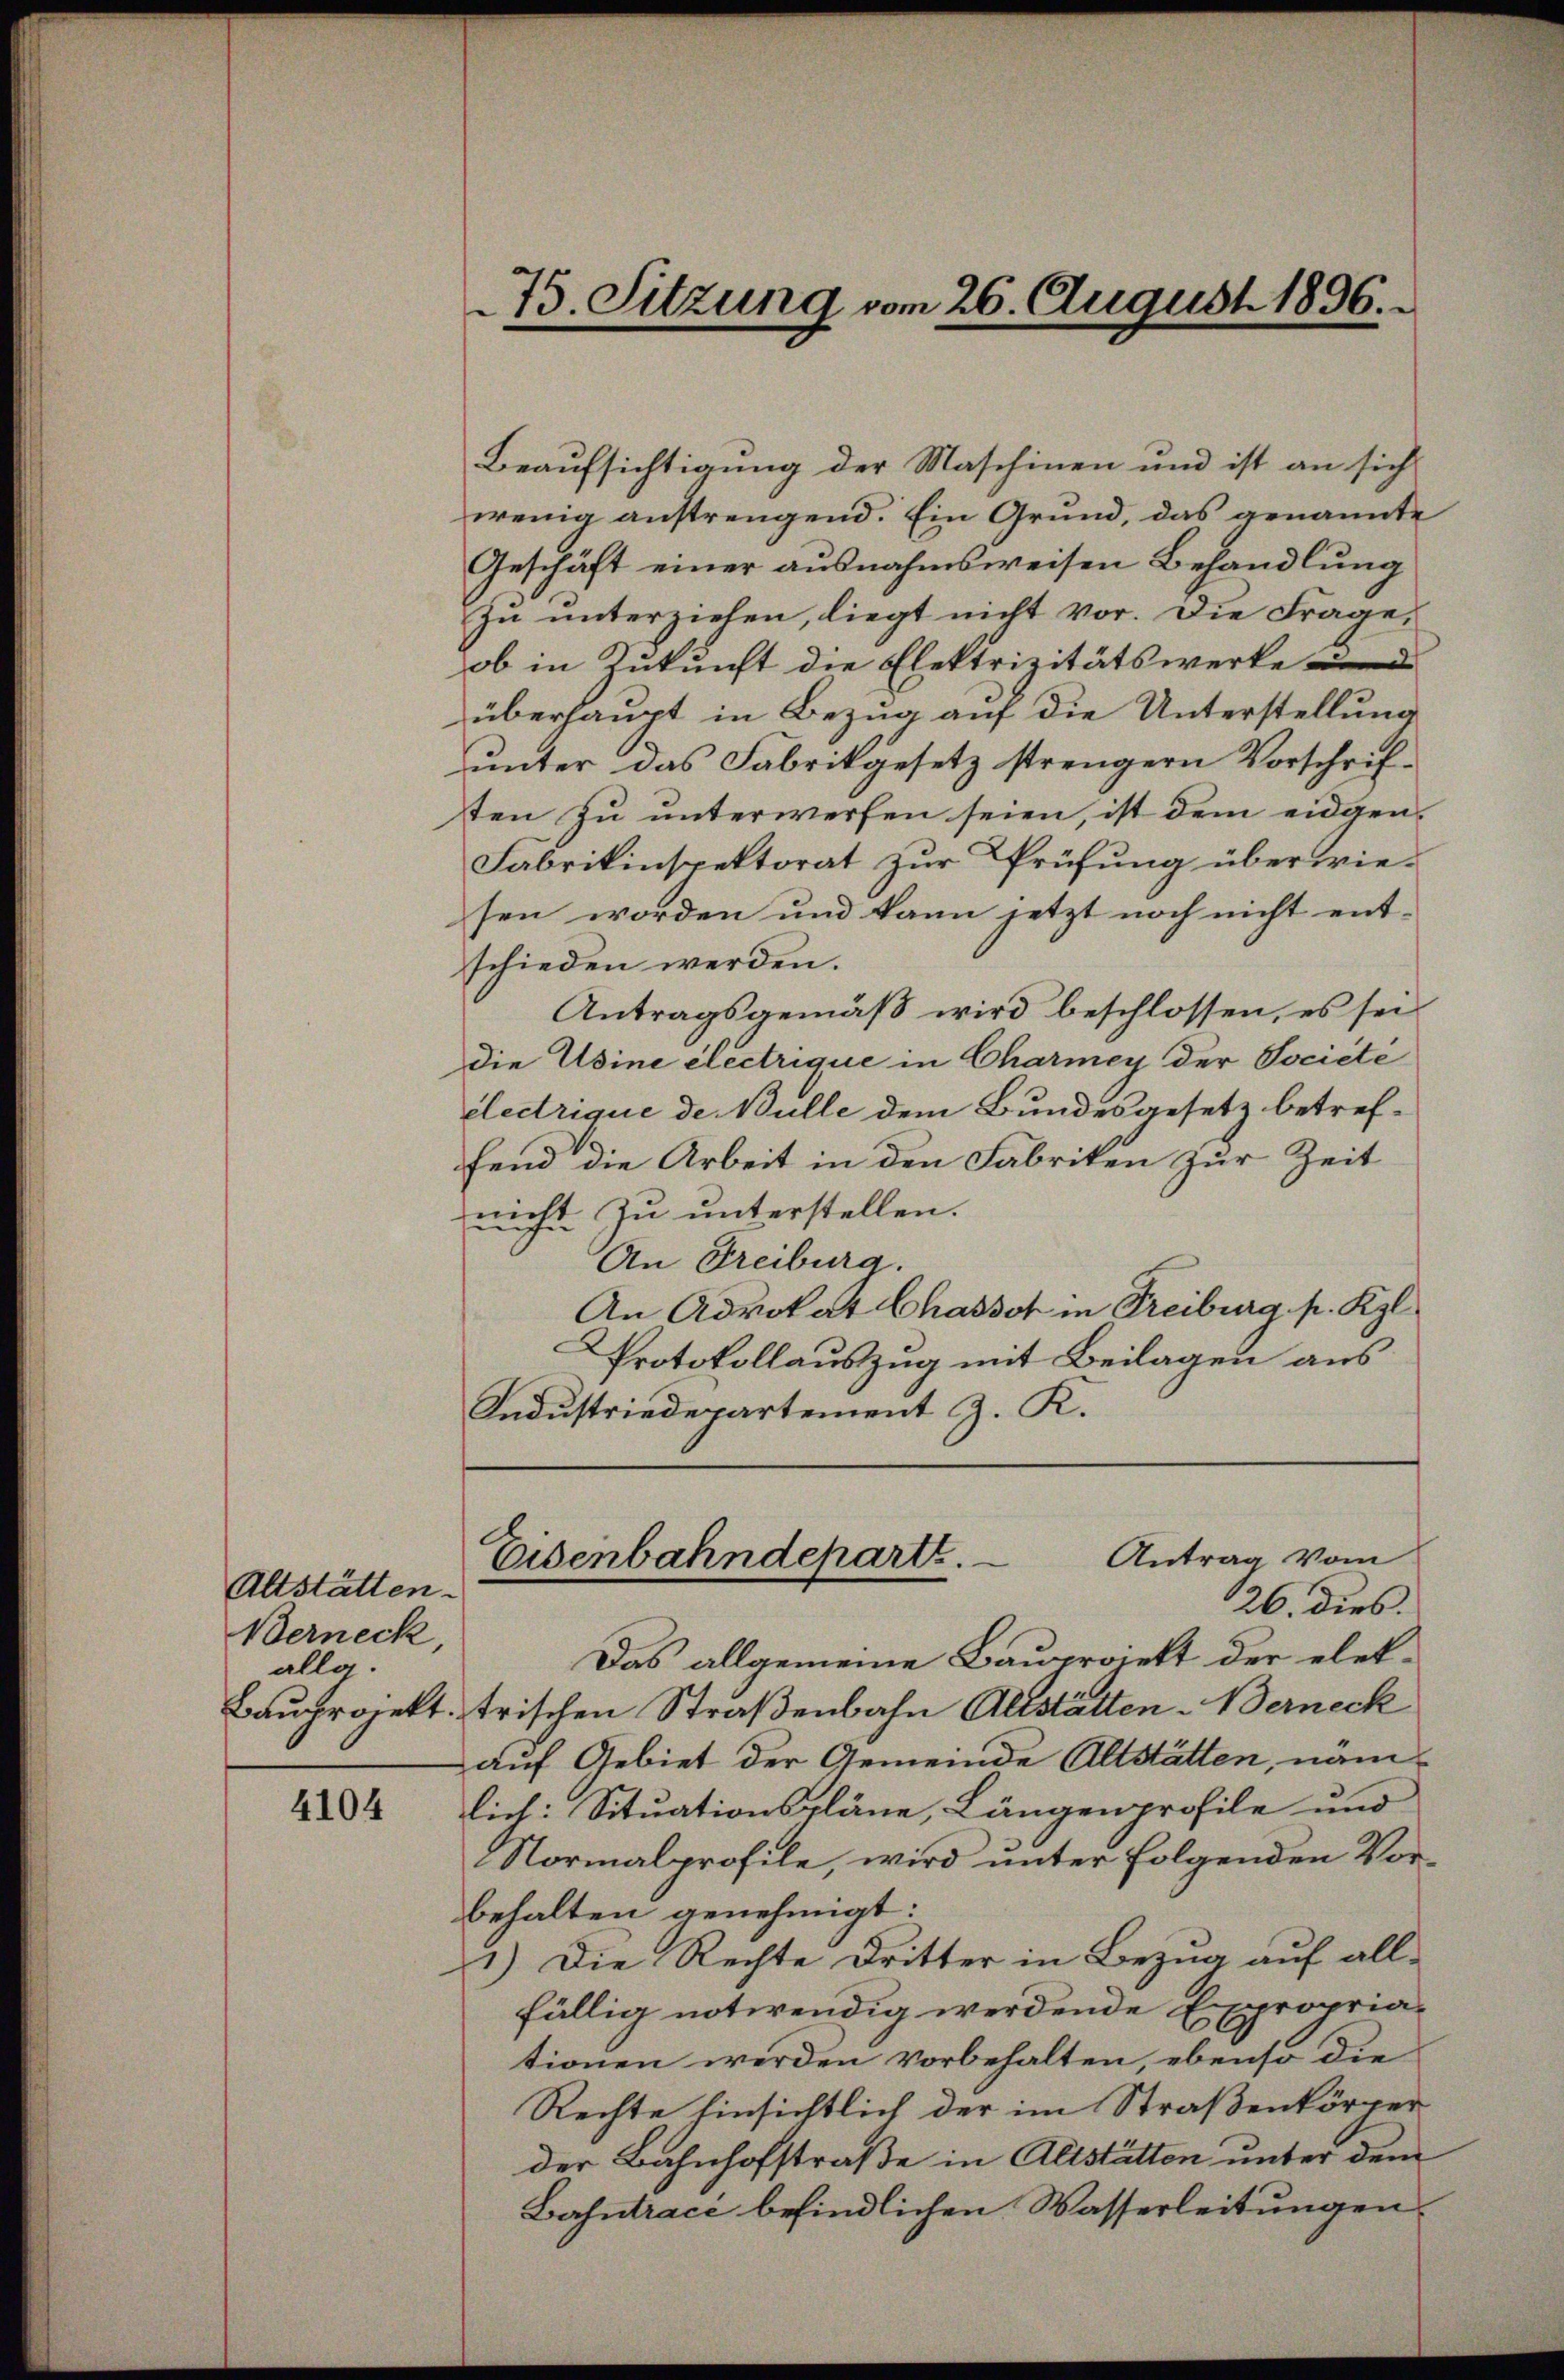
Altstätten.
Berneck,
allg.
Bauprojekt.

4104

75. Sitzung vom 26. August 1896.

Beaufsichtigung der Maschinen und ist an sich
wenig anstrengend. Ein Grund, das genannte
Geschäft einer ausnahmsweisen Behandlung
zu unterziehen, liegt nicht vor. Die Frage,
ob in Zukunft die Elektrizitätswerke und
überhaupt in Bezug auf die Unterstellung
unter das Fabrikgesetz strengern Vorschriften zu unterwerfen seien, ist dem eidgen¬
Fabrikinspektorat zur Prüfung überwiesen worden und kann jetzt noch nicht ent-
schieden werden.
Antragsgemäß wird beschlossen, es sei
die Usine electrique in Charmey der Societe
électrique de Bulle dem Bundesgesetz betreffend die Arbeit in den Fabriken zur Zeit
nicht zu unterstellen.
An Freiburg.
An Advokat Chassor in Treiburg p. Kgl.
Protokollauszug mit Beilagen aus
Industriedepartement J. K.
Antrag vom
Eisenbahndeparte.
26. dies.
Das allgemeine Bauprojekt der elektrischen Straßenbahn Altstätten Verneck
auf Gebiet der Gemeinde Altstätten, nämlich: Situationspläne, Längenprofile und
Normalprofile, wird unter folgenden Vorbehalten genehmigt.
1.) Die Rechte Dritter in Bezug auf allfällig notwendig werdende Expropriationen werden vorbehalten, ebenso die
Rechte hinsichtlich der im Straßenkörper
der Bahnhofstraße in Altstätten unter dem
Zahntrace befindlichen Wasserleitungen.